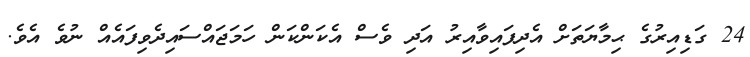
24 ގަޑިއިރުގެ ޙިމާޔަތަށް އެދިފައިވާއިރު އަދި ވެސް އެކަންކަން ހަމަޖައްސައިދެވިފައެެއް ނުވެ އެވެ.